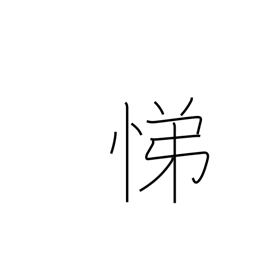
Meaning: serving our elders